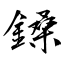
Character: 鎟